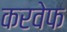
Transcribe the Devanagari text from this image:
करवेफ